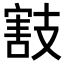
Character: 𢻜